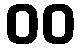
၀၀